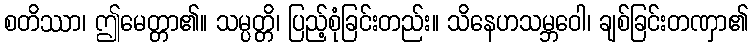
စတိဿာ၊ ဤမေတ္တာ၏။ သမ္ပတ္တိ၊ ပြည့်စုံခြင်းတည်း။ သိနေဟသမ္ဘဝေါ၊ ချစ်ခြင်းတဏှာ၏